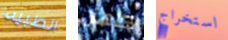
الطبيه كاهن استخراج